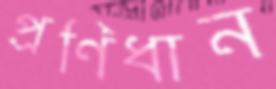
প্রণিধান